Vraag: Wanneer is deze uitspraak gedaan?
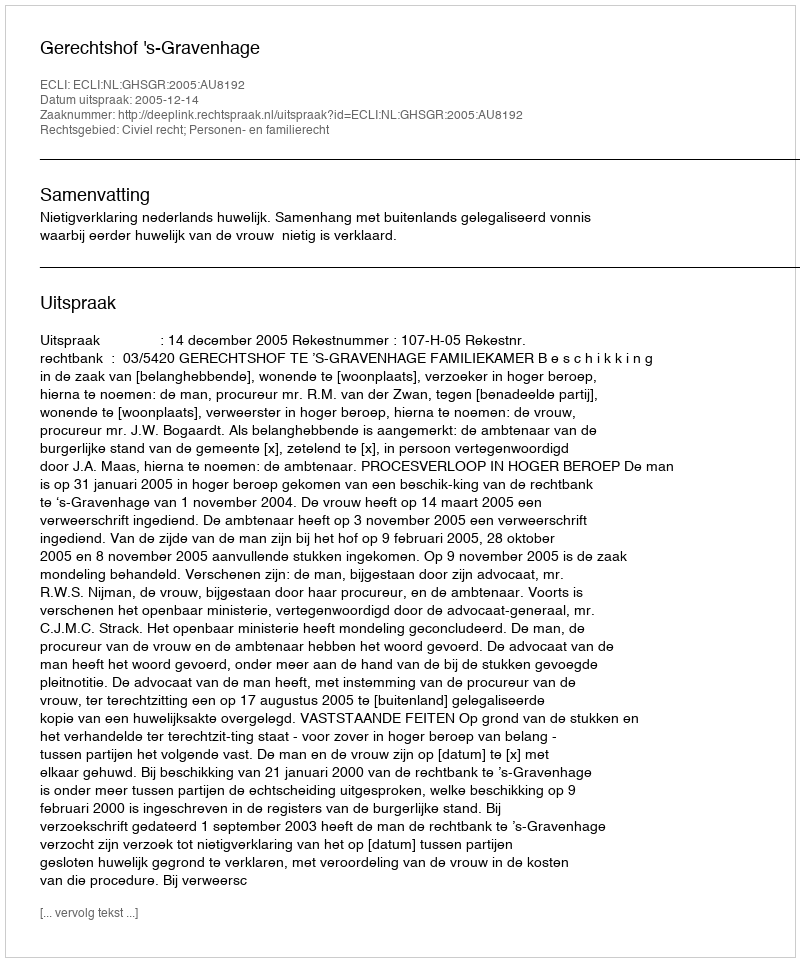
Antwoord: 2005-12-14